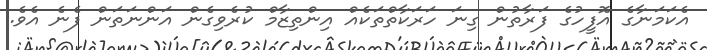
އެކަމަނާގެ އޮފީހުގެ ފަރާތުން ގިނަ ހަރަކާތްތަކެއް އިންތިޒާމް ކުރެވިގެން އަންނަތަން ފެނެ އެވެ.